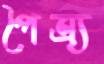
পৈত্র্য